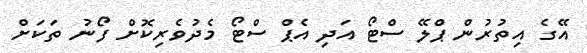
އޭގެ އިތުރުން ޕްލޭ ސްޓޯ އަދި އެޕް ސްޓޯ މެދުވެރިކޮށް ފޯނު ތަކަށް